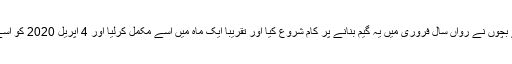
گیم بنانے والے بچوں نے رواں سال فروری میں یہ گیم بنانے پر کام شروع کیا اور تقریبا ایک ماہ میں اسے مکمل کرلیا اور 4 اپریل 2020 کو اسے جاری کردیا۔